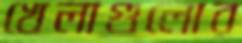
খেলাগুলোর